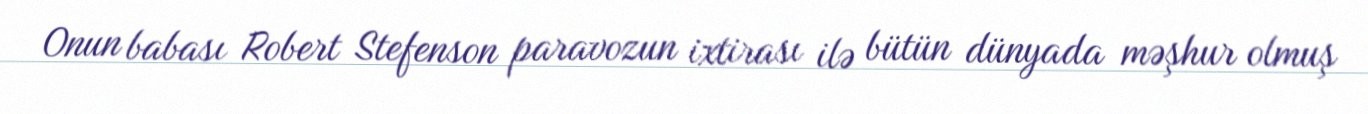
Onun babası Robert Stefenson paravozun ixtirası ilə bütün dünyada məşhur olmuş